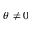
\theta \neq 0